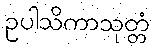
ဥပါသိကာသုတ္တံ